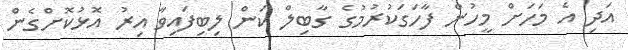
އަދި އެ މަހަށް މީހުން ފާހަގަކުރުމުގެ ގާބިލް ކަން ލިބިފައިވާ އިރު އޮޅުކޮށްގެން